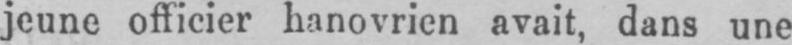
jeune officier hanovrien avait, dans une